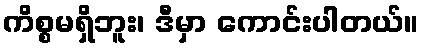
ကိစ္စမရှိဘူး၊ ဒီမှာ ကောင်းပါတယ်။